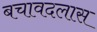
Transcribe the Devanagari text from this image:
बचावदलास